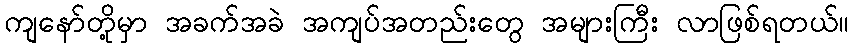
ကျနော်တို့မှာ အခက်အခဲ အကျပ်အတည်းတွေ အများကြီး လာဖြစ်ရတယ်။